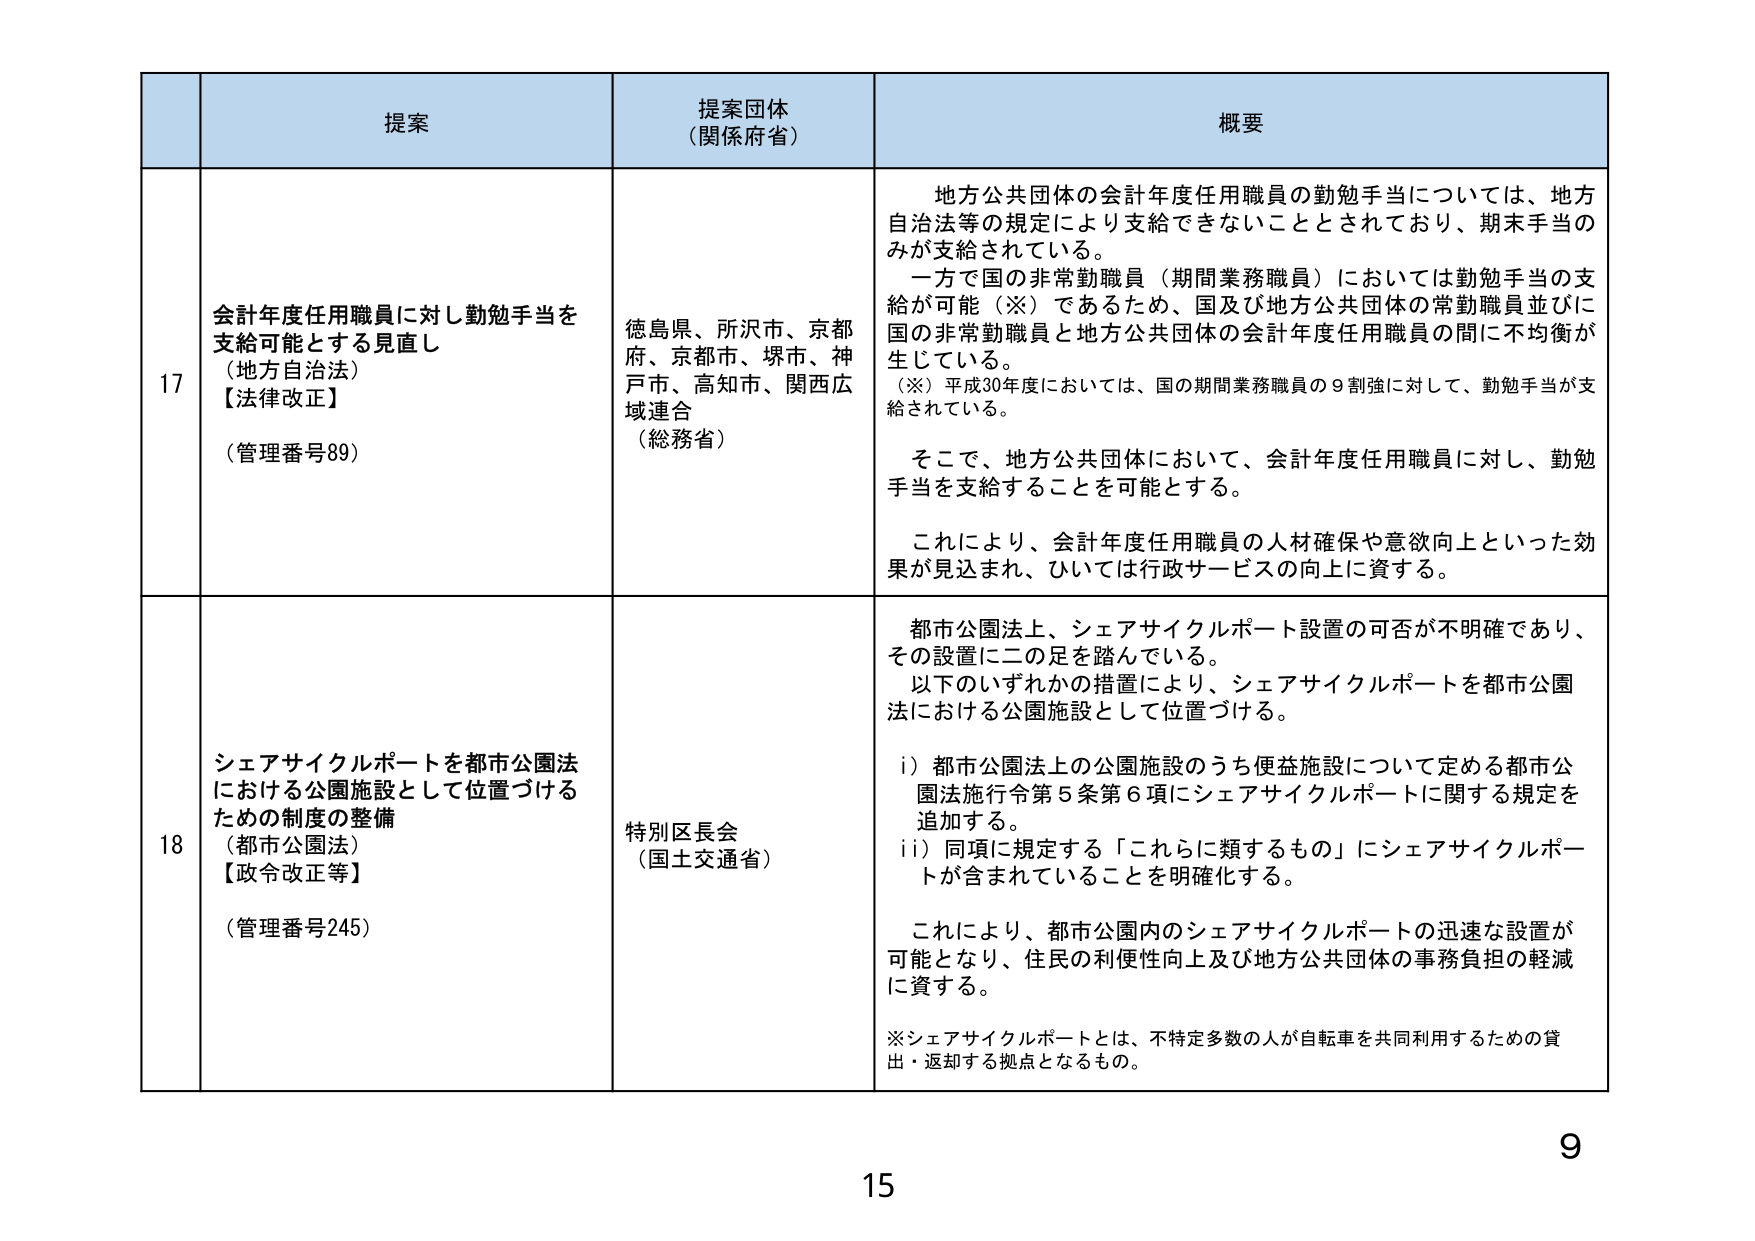
17
提案
会計年度任用職員に対し勤勉手当を支給可能とする見直し
（地方自治法）
【法律改正】
（管理番号89）

提案団体（関係府省）
徳島県、所沢市、京都府、京都市、堺市、神戸市、高知市、関西広域連合
（総務省）

概要
地方公共団体の会計年度任用職員の勤勉手当については、地方自治法等の規定により支給できないこととされており、期末手当のみが支給されている。
一方で国の非常勤職員（期間業務職員）においては勤勉手当の支給が可能（※）であるため、国及び地方公共団体の常勤職員並びに国の非常勤職員と地方公共団体の会計年度任用職員の間に不均衡が生じている。
（※）平成30年度においては、国の期間業務職員の9割強に対して、勤勉手当が支給されている。
そこで、地方公共団体において、会計年度任用職員に対し、勤勉手当を支給することを可能とする。
これにより、会計年度任用職員の人材確保や意欲向上といった効果が見込まれ、ひいては行政サービスの向上に資する。

18
提案
シェアサイクルポートを都市公園法における公園施設として位置づけるための制度の整備
（都市公園法）
【政令改正等】
（管理番号245）

提案団体（関係府省）
特別区長会
（国土交通省）

概要
都市公園法上、シェアサイクルポート設置の可否が不明確であり、その設置に二の足を踏んでいる。
以下のいずれかの措置により、シェアサイクルポートを都市公園法における公園施設として位置づける。
i）都市公園法上の公園施設のうち便益施設について定める都市公園法施行令第5条第6項にシェアサイクルポートに関する規定を追加する。
ii）同項に規定する「これらに類するもの」にシェアサイクルポートが含まれていることを明確化する。
これにより、都市公園内のシェアサイクルポートの迅速な設置が可能となり、住民の利便性向上及び地方公共団体の事務負担の軽減に資する。
※シェアサイクルポートとは、不特定多数の人が自転車を共同利用するための貸出・返却する拠点となるもの。

9
15